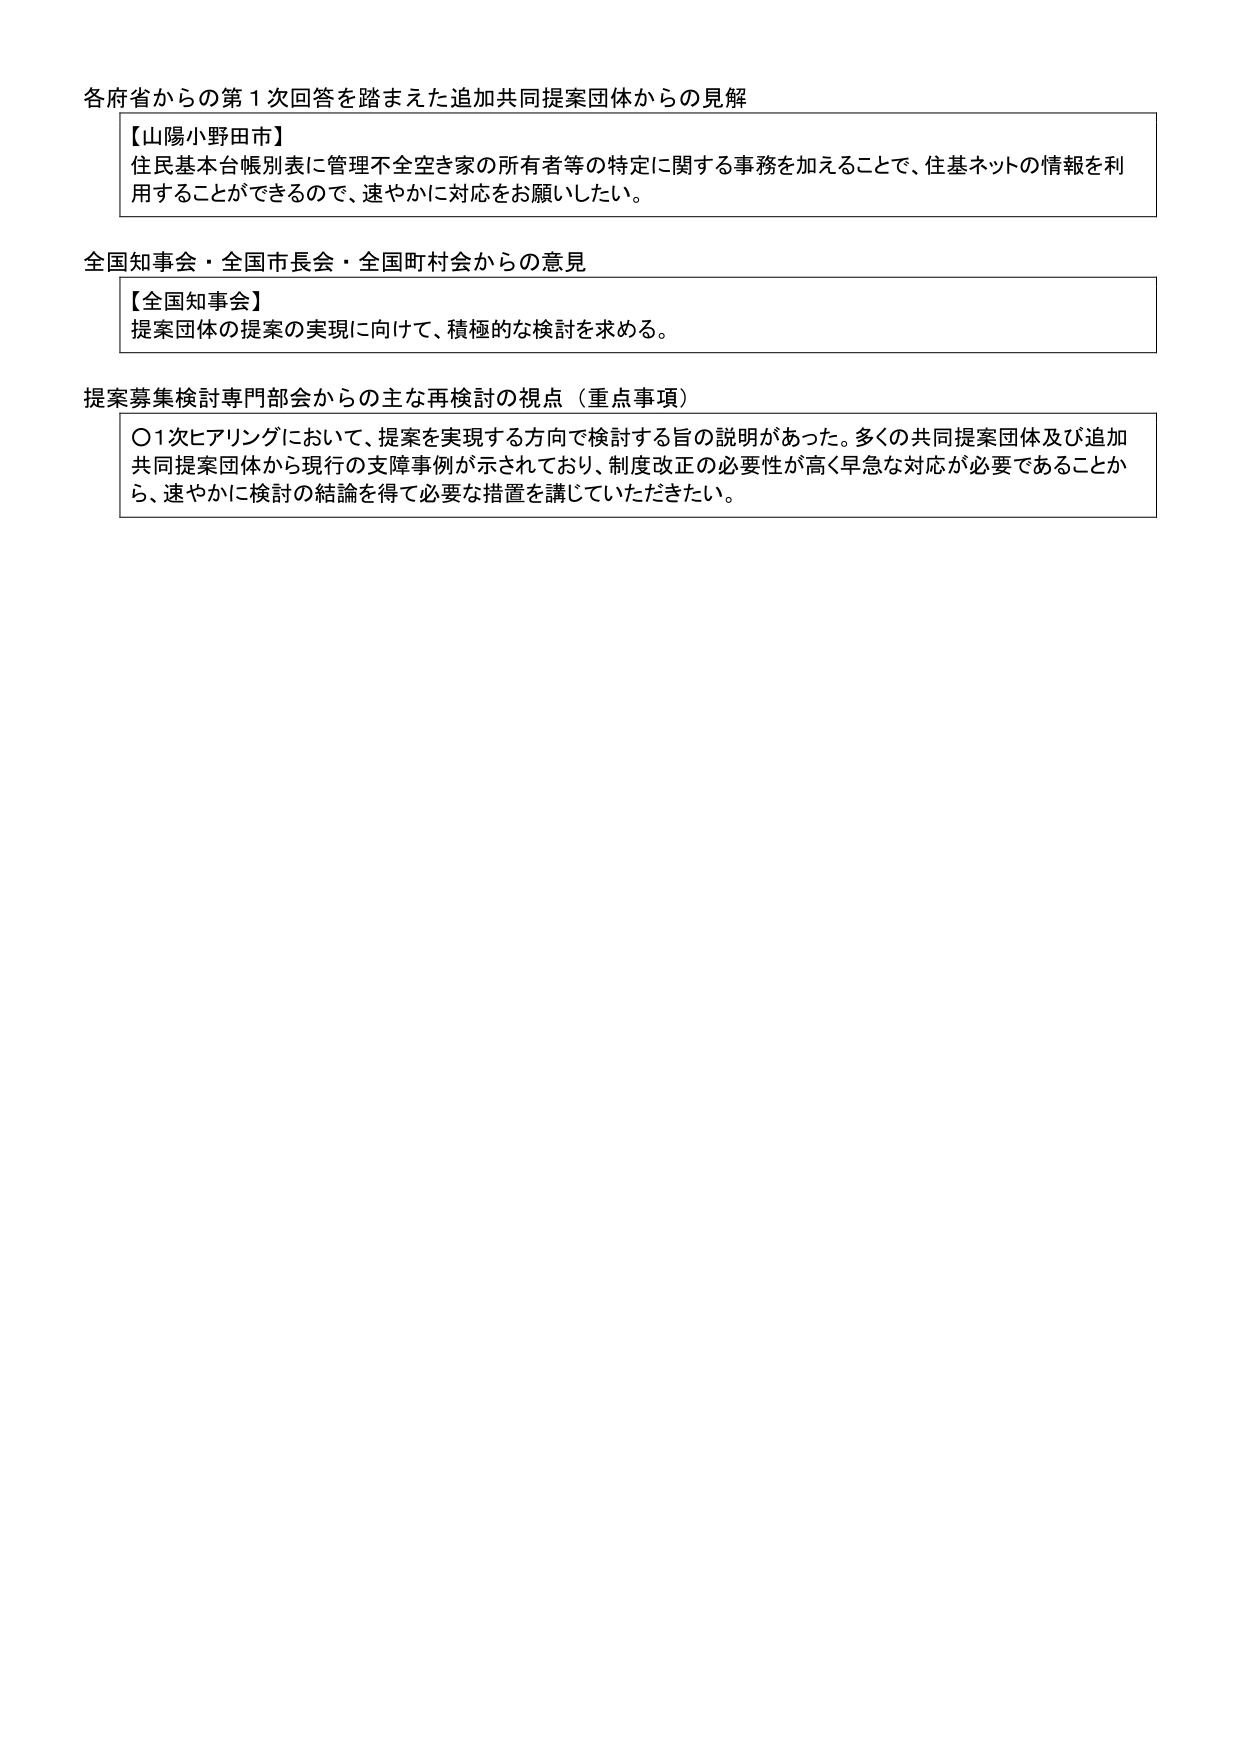
各府省からの第１次回答を踏まえた追加共同提案団体からの見解

【山陽小野田市】
住民基本台帳別表に管理不全空き家の所有者等の特定に関する事務を加えることで、住基ネットの情報を利
用することができるのて、速やかに対応をお願いしたい。

全国知事会・全国市長会・全国町村会からの意見

【全国知事会】
提案団体の提案の実現に向けて、積極的な検討を求める。

提案募集検討専門部会からの主な再検討の視点（重点事項）

〇1次ヒアリングにおいて、提案を実現する方向で検討する旨の説明があった。多くの共同提案団体及び追加
共同提案団体から現行の支障事例が示されており、制度改正の必要性が高く早急な対応が必要であることか
ら、速やかに検討の結論を得て必要な措置を講じていただきたい。